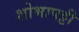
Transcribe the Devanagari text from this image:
शोभापट्टी